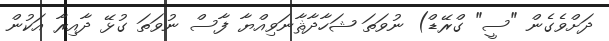
ދަށްވެގެން "ސީ" ގްރޭޑް) ނުވަތަ ޝަހާދާޘާނަވިއްޔާ ފާސް ނުވަތަ ގުޅޭ ދާއިރާ އަކުން